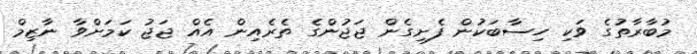
މުބާރާތުގެ ވަކި ހިސާބަކުން ފެށިގެން ޖަޖުންގެ ތެރެއިން އެއް ޖަޖު ކަމަށްވާ ނާޒިމް